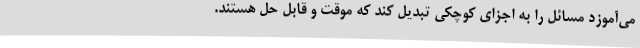
می‌آموزد مسائل را به اجزای کوچکی تبدیل کند که موقت و قابل حل هستند.